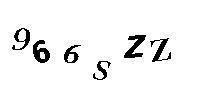
966SZZ